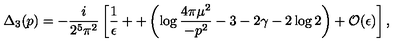
{ \Delta _ { 3 } } ( p ) = - \frac { i } { 2 ^ { 5 } \pi ^ { 2 } } \left[ \frac { 1 } { \epsilon } + + \left( \log \frac { 4 \pi \mu ^ { 2 } } { - p ^ { 2 } } - 3 - 2 \gamma - 2 \log 2 \right) + { \cal O } ( \epsilon ) \right] ,